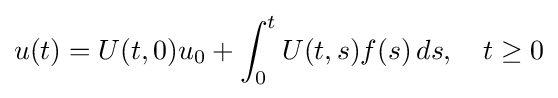
u(t)=U(t,0)u_{0}+\int _{0}^{t}U(t,s)f(s)\,ds,\quad t\geq 0